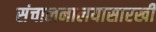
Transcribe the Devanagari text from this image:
संचालनालयासारखी